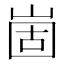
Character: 崮